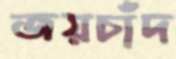
জয়চাঁদ